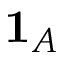
{ \mathbf { 1 } } _ { A }